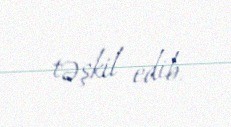
təşkil edib.